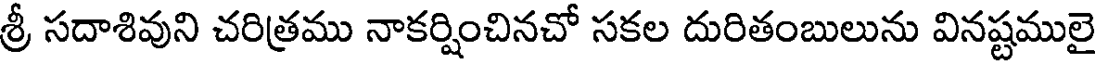
శ్రీ సదాశివుని చరిత్రము నాకర్షించినచో సకల దురితంబులును వినష్టములై